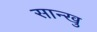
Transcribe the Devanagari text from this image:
सान्खु